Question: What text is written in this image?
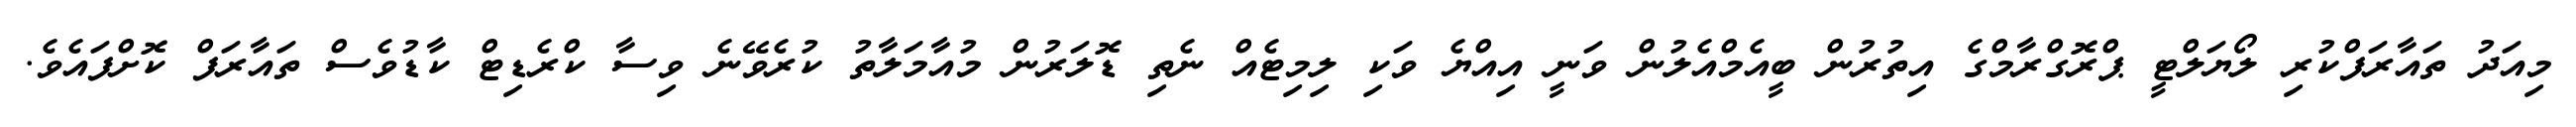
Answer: މިއަދު ތައާރަފްކުރި ލޯޔަލްޓީ ޕްރޮގްރާމްގެ އިތުރުން ބީއެމްއެލުން ވަނީ އިއްޔެ ވަކި ލިމިޓެއް ނެތި ޑޮލަރުން މުއާމަލާތު ކުރެވޭނެ ވިސާ ކްރެޑިޓް ކާޑުވެސް ތައާރަފް ކޮށްފައެވެ.